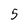
Character: 5